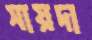
সায়দা